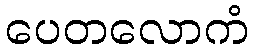
ပေတလောကံ